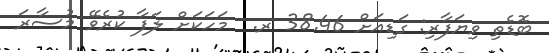
ބޮޑެތި ވިޔަފާރި: ގަޑިއަަށް 38.46 ރ.  މަހަކަށް ލަފާ ކުރެވޭ މުސާރަ